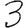
Digit: 3